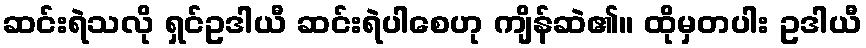
ဆင်းရဲသလို ရှင်ဥဒါယီ ဆင်းရဲပါစေဟု ကျိန်ဆဲ၏။ ထိုမှတပါး ဥဒါယီ